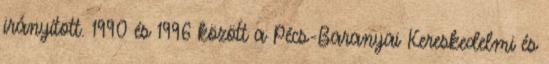
irányított. 1990 és 1996 között a Pécs-Baranyai Kereskedelmi és